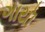
ગાયૉ